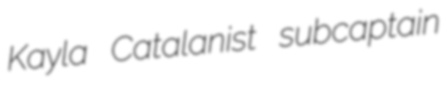
Kayla Catalanist subcaptain